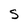
Character: S